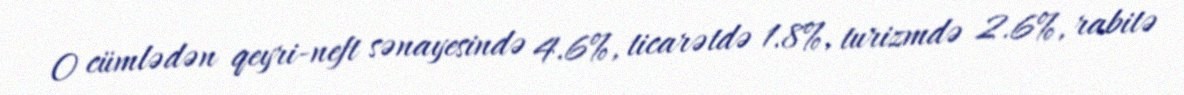
O cümlədən qeyri-neft sənayesində 4.6%, ticarətdə 1.8%, turizmdə 2.6%, rabitə